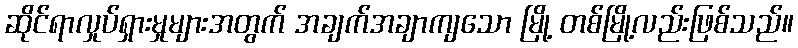
ဆိုင်ရာလှုပ်ရှားမှုများအတွက် အချက်အချာကျသော မြို့ တစ်မြို့လည်းဖြစ်သည်။